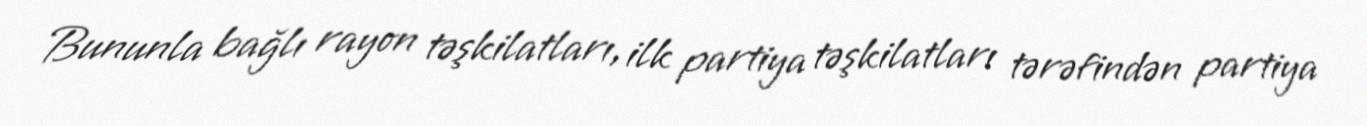
Bununla bağlı rayon təşkilatları, ilk partiya təşkilatları tərəfindən partiya